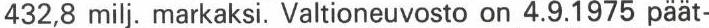
432,8 milj. markaksi. Valtioneuvosto on 4.9.1975 päät-